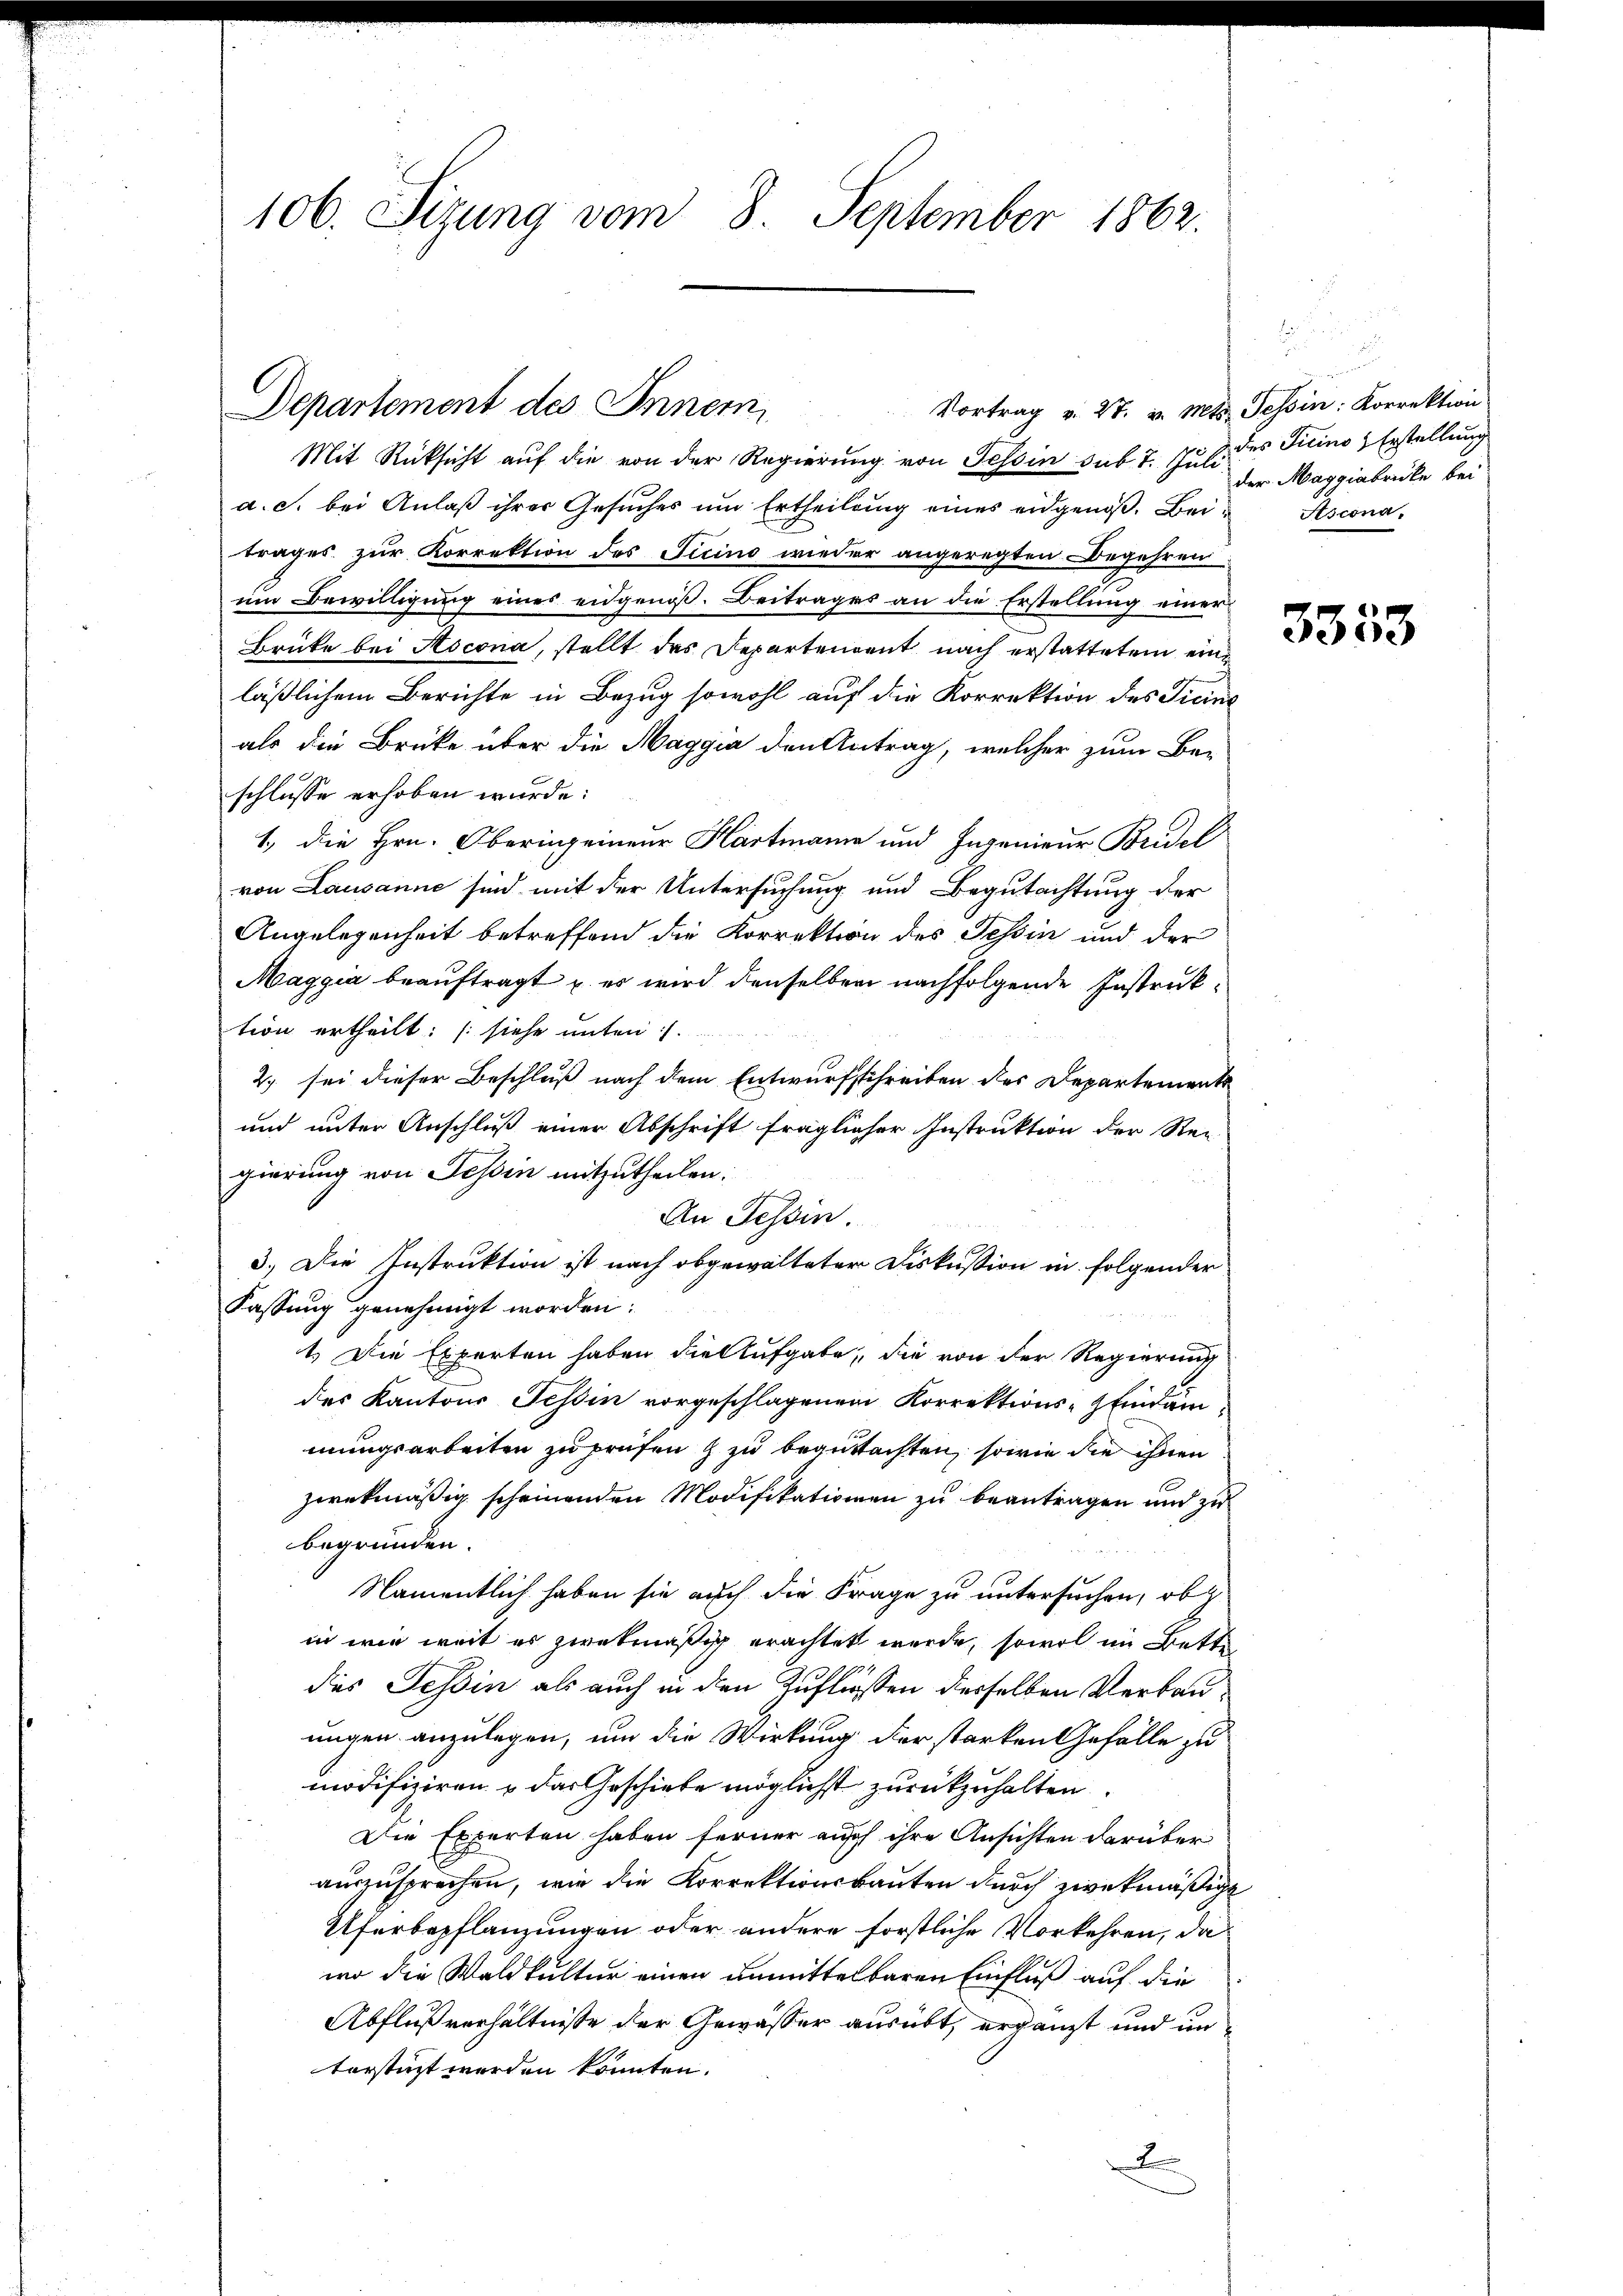
106. Sizung vom 8. September 1862.

Departement des Innern,

Vortrag v. 27. v. Mts. Tessin: Korrektion

Mit Rücksicht auf die von der Regierung von Tessin sub 7. Juli des Ticino & Erstellung
a. c. bei Anlaß ihrer Gesuches um Ertheilung eines eidgenoß. Bei Asconatrages zur Korrektion des Ticino wieder angeregten Begehren
um Bewilligung eines eidgenoß. Beitrages an die Erstellung einer
Brüke bei Ascona, stellt das Departendent nach erstattetem eine
läßlichem Berichte in Bezug sowohl auf die Korrektion des Ticine
als die Brücke über die Maggia den Antrag, welcher zum Be-
schlusse erhoben wurde:
1., die Hrn. Oberingerneur Hartmann und Ingenieur Bridel
von Lausanne sind mit der Untersuchung und Begutachtung der
Angelegenheit betreffend die Korrektion des Tessin und der
Maggia beauftragt u. es wird denselben nachfolgende Instruktion ertheilt: (siehe unten.
2. sei dieser Beschluß nach dem Entwurfsschreiben des Departements
und unter Anschluß einer Abschrift fraglicher Instruktion der Rei-
gierung von Tessin mitzutheilen:
An Tessin.
3.) Die Instruktion ist nach obgewalteter Diskussion in folgender
Fassung genehmigt worden:
1.) Die Experten haben die Aufgabe, die von der Regierung
des Kantons Tessin vorgeschlagenen Korrektions-Geindam
mungsarbeiten zu prüfen & zu begutachten, sowie die ihnen
zwekmäßig scheinenden Modifikationen zu beantragen und zu
begründen.
Namentlich haben sie auch die Frage zu untersuchen, ob
in wie weit es zwekmäßig erachtet werde, sowol im Bette
des Tessin als auch in den Zufliessen derselben Verbauungen anzulegen, um die Wirkung der starken Gefälle zu
modifiziren & das Geschickte möglichst zurückzuhalten.
Die Experten haben ferner auch ihre Ansichten darüber
auszusprechen, wie die Korrektionsbauten durch zwekmäßigt
Uferbepflanzungen oder andere forstliche Vorkehren, da
wo die Waldkultur einen unmittelbaren Einfluß auf die
Abflußverhältnisse der Gewässer ausübt, ergänzt und unterstüzt werden könnten.
D

der Maggiabrücke bei

3333